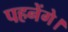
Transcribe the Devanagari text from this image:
पहनेंगे।